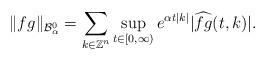
LaTeX: \begin{align*}\|fg\|_{\mathcal{B}_{\alpha}^{0}}=\sum_{k\in\mathbb{Z}^{n}}\sup_{t\in[0,\infty)}e^{\alpha t |k|}|\widehat{fg}(t,k)|.\end{align*}